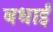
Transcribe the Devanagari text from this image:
बधाईं